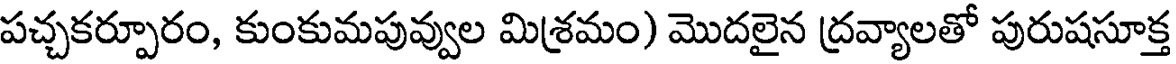
పచ్చకర్పూరం, కుంకుమపువ్వుల మిశ్రమం) మొదలైన ద్రవ్యాలతో పురుషసూక్త